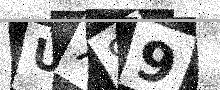
Text: UX89